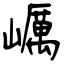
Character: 巁